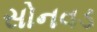
સોનવડ